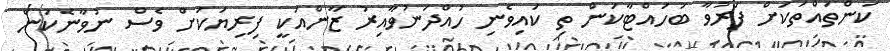
ކަންތައްތަކަށް ފަރުވާ ބަހައްޓާކަން ތި ކައިވެނި ހުއްދަނުވާއިރު ޒާންއަކީ ފިރިޔަކަށް ވެސް ނުވާނެކަން